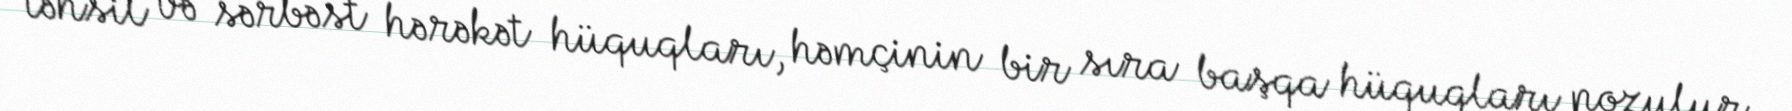
təhsil və sərbəst hərəkət hüquqları, həmçinin bir sıra başqa hüquqları pozulur.